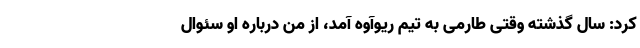
کرد: سال گذشته وقتی طارمی به تیم ریوآوه آمد، از من درباره او سئوال